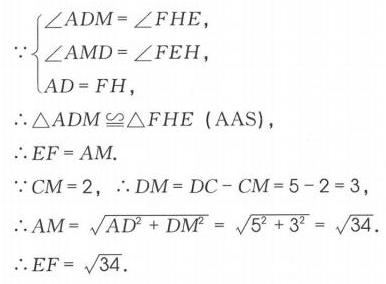
$\because\begin{cases}
\angle ADM=\angle FHE,\\
\angle AMD=\angle FEH,\\
AD = FH,
\end{cases}$
$\therefore\triangle ADM\cong\triangle FHE\ (\text{AAS}),$
$\therefore EF = AM.$
$\because CM = 2,\therefore DM=DC - CM=5 - 2 = 3,$
$\therefore AM=\sqrt{AD^{2}+DM^{2}}=\sqrt{5^{2}+3^{2}}=\sqrt{34}.$
$\therefore EF=\sqrt{34}.$